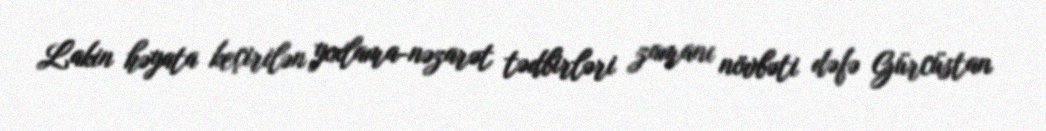
Lakin həyata keçirilən yoxlama-nəzarət tədbirləri zamanı növbəti dəfə Gürcüstan